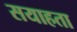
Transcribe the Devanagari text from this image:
सयाहता